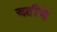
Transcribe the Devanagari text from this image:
जतींचे